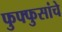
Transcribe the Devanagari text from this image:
फुफ्फुसांचे